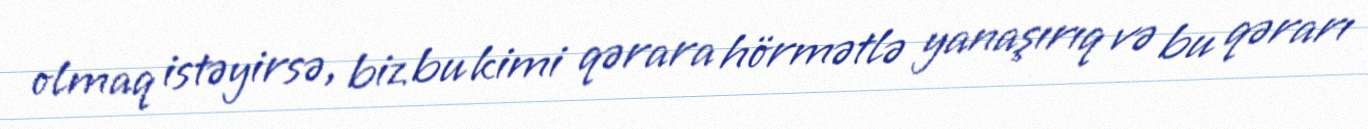
olmaq istəyirsə, biz bu kimi qərara hörmətlə yanaşırıq və bu qərarı